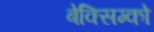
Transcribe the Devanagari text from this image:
बेक्सिम्को